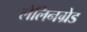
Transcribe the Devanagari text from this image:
लेलिनग्रेड